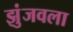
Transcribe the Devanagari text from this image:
झुंजवला